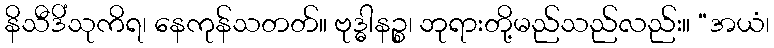
နိသီဒိံသုကိရ၊ နေကုန်သတတ်။ ဗုဒ္ဓါနဉ္စ၊ ဘုရားတို့မည်သည်လည်း။ “အယံ၊